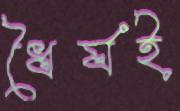
ধৈর্যই